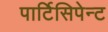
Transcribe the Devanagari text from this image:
पार्टिसिपेन्ट